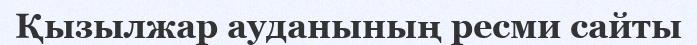
Қызылжар ауданының ресми сайты